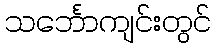
သင်္ဘောကျင်းတွင်